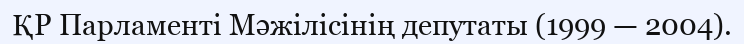
ҚР Парламенті Мәжілісінің депутаты (1999 — 2004).